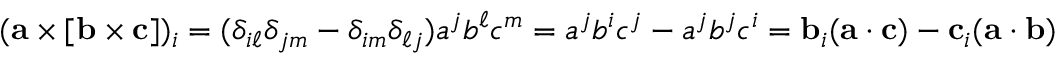
( \mathbf { a } \times [ \mathbf { b } \times \mathbf { c } ] ) _ { i } = ( \delta _ { i \ell } \delta _ { j m } - \delta _ { i m } \delta _ { \ell j } ) a ^ { j } b ^ { \ell } c ^ { m } = a ^ { j } b ^ { i } c ^ { j } - a ^ { j } b ^ { j } c ^ { i } = \mathbf { b } _ { i } ( \mathbf { a } \cdot \mathbf { c } ) - \mathbf { c } _ { i } ( \mathbf { a } \cdot \mathbf { b } )